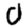
Digit: 0